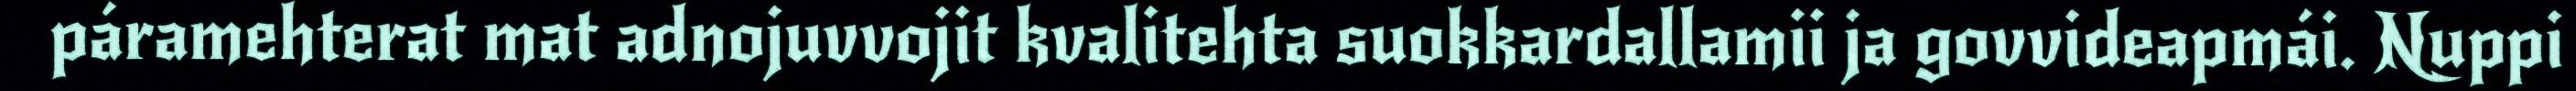
páramehterat mat adnojuvvojit kvalitehta suokkardallamii ja govvideapmái. Nuppi